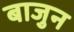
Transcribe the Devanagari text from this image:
बाजुन